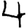
Digit: 4